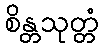
စိန္တသုတ္တံ